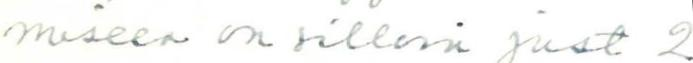
miseen on silloin just 2